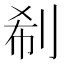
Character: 𠜗